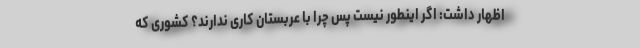
اظهار داشت: اگر اینطور نیست پس چرا با عربستان کاری ندارند؟ کشوری که